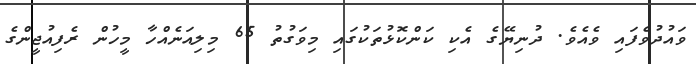
ވައުދުވެފައި ވެއެވެ. ދުނިޔޭގެ އެކި ކަންކޮޅުތަކުގައި މިވަގުތު 65 މިލިއަނެއްހާ މީހުން ރެފިއުޖީންގެ